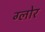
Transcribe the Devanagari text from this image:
ग्लोर